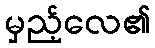
မှည့်လေ၏